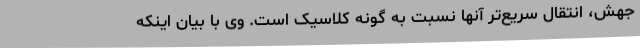
جهش‌، انتقال سریع‌تر آنها نسبت به گونه کلاسیک است. وی با بیان اینکه